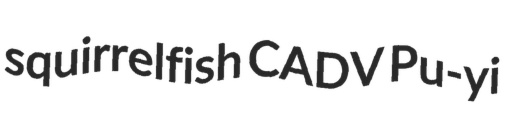
squirrelfish CADV Pu-yi